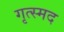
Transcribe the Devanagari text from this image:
गृत्स्मद